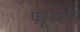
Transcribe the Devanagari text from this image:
फ्यूस्टन